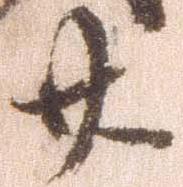
廿